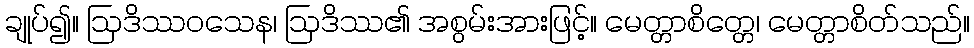
ချုပ်၍။ ဩဒိဿဝသေန၊ ဩဒိဿ၏ အစွမ်းအားဖြင့်။ မေတ္တာစိတ္တေ၊ မေတ္တာစိတ်သည်။